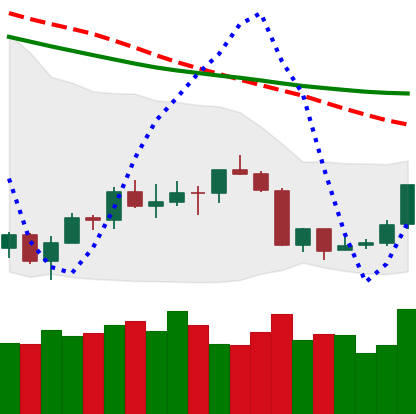
Ticker: ETH-USD
Chart end date: 2018-07-16
Forward return: -3.791%
Label: down_3_5